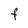
Character: F